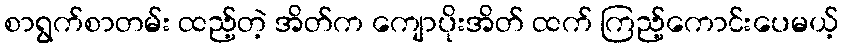
စာရွက်စာတမ်း ထည့်တဲ့ အိတ်က ကျောပိုးအိတ် ထက် ကြည့်ကောင်းပေမယ့်